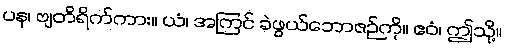
ပန၊ ဗျတိရိက်ကား။ ယံ၊ အကြင် ခဲဖွယ်ဘောဇဉ်ကို။ ဧဝံ၊ ဤသို့။